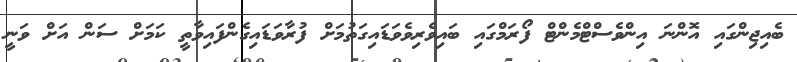
ބެއިޖިންގައި އޮންނަ އިންވެސްޓްމެންޓް ފޯރަމްގައި ބައިވެރިވެވަޑައިގަތުމަށް ފުރާވަޑައިގެންފައިވާތީ ކަމަށް ސަން އަށް ވަނީ